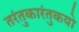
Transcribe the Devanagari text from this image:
तरंतुकारंतुकयो